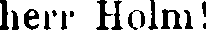
herr Holm!